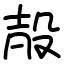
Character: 㱿